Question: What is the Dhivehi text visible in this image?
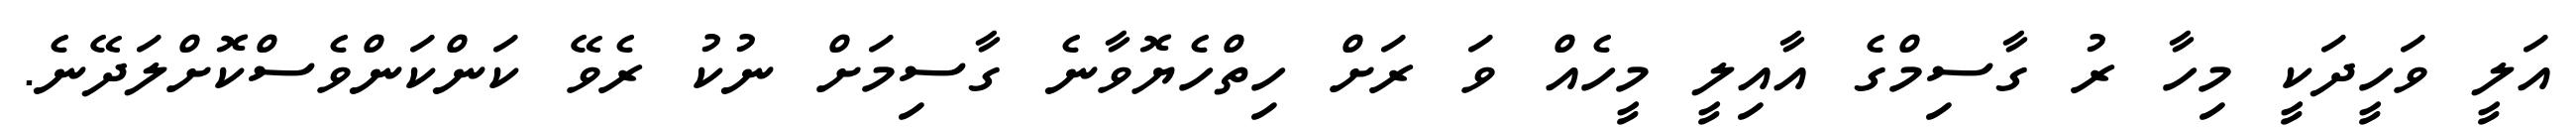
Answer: އަލީ ވަހީދަކީ މިހާ ރު ގާސިމްގެ އާއިލީ މީހެއް ވަ ރަށް ހިތްހެޔޮވާނެ ގާސިމަށް ނުކު ރެވޭ ކަންކަންވެސްކޮށްލަދޭނެ.